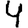
Digit: 4